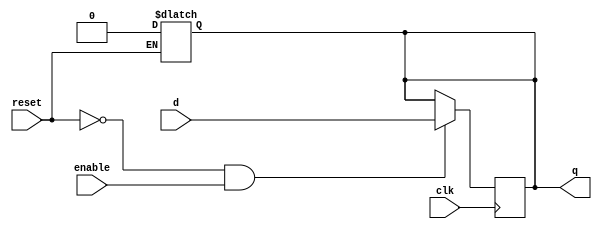
module dffe(q, d, clk, enable, reset);
   output q;
   reg    q;
   input  d;
   input  clk, enable, reset;

   always@(reset)
     if (reset == 1'b1)
       q <= 0;

   always@(posedge clk)
     if ((reset == 1'b0) && (enable == 1'b1))
       q <= d;
endmodule
module score_keeper(winner_x, winner_y, reset, x, y, clk);
	output 	winner_x, winner_y;
	input 	reset, x, y, clk;
	wire A,B,C,D,E;
	wire nextA, nextB, nextC, nextD,nextE;
	assign nextA= (A&(~reset)&(~x)&(~y)) | (reset&(~x)&(~y)) | ( C&(~reset)&x&(~y)) | (B&(~reset)&(~x)&y);
	assign nextB= (B&(~reset)&(~x)&(~y)) | (A&(~reset)&x&~(y));
	assign nextC= (C&(~reset)&(~x)&(~y)) | (A&(~reset)&(~x)&y);
	assign nextD= (D&(~reset)&(~x)&(~y)) | (B&(~reset)&x&(~y)) | (D&(~reset)&x&(~y)) | (D&(~reset)&(~x)&y);
	assign nextE= (E&(~reset)&(~x)&(~y)) | (C&(~reset)&(~x)&y) | (E&(~reset)&x&(~y)) | (E&(~reset)&(~x)&y); 
	dffe d0(A,nextA,clk,1,0); //State A - tied (0,0)
	dffe d1(B,nextB,clk,1,0); //State B	- x winning (1,0)
	dffe d2(C,nextC,clk,1,0); //State C - y winning (0,1)
	dffe d3(D,nextD,clk,1,0); //State D	- x wins (2,0)
	dffe d4(E,nextE,clk,1,0); //State E - y wins (0,2)
	assign winner_x=D;
	assign winner_y=E;
	
endmodule